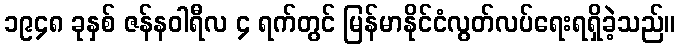
၁၉၄၈ ခုနှစ် ဇန်နဝါရီလ ၄ ရက်တွင် မြန်မာနိုင်ငံလွတ်လပ်ရေးရရှိခဲ့သည်။